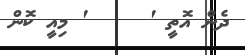
ދެން އޮތީ '     ' މިއީ ކޮން